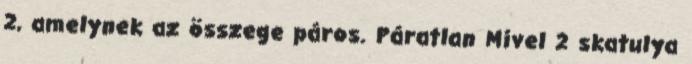
2, amelynek az összege páros. Páratlan Mivel 2 skatulya